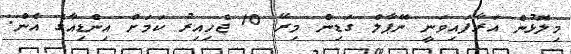
މިލޮޅުން އަރާފައިވަނީ ނޭޕާލް ގަޑިން މިރޭ 10 ޖެހިއިރު ކަމަށް އިންޑިއާގެ އެން.